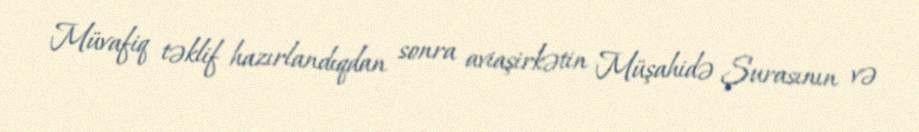
Müvafiq təklif hazırlandıqdan sonra aviaşirkətin Müşahidə Şurasının və